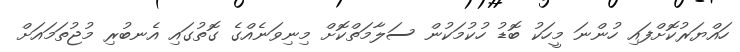
ހައްޔަރުކޮށްފައި ހުންނަ މީހަކު ބޮޑު ހުކުމަކުން ސަލާމަތްކޮށް މިނިވަނެއްގެ ގޮތުގައި އެނބުރި މުޖުތަމައަށް